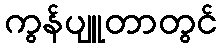
ကွန်ပျူတာတွင်